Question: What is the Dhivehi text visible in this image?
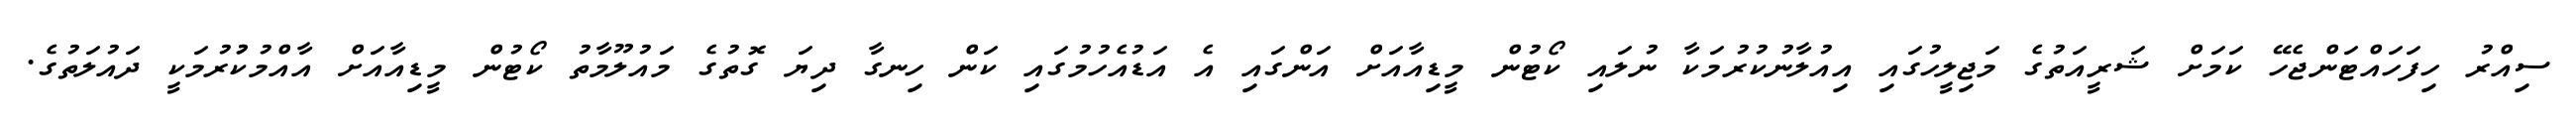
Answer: ސިއްރު ހިފަހައްޓަންޖެހޭ ކަމަށް ޝަރީއަތުގެ މަޖިލީހުގައި އިއުލާނުކުރުމަކާ ނުލައި ކޯޓުން މީޑިއާއަށް އަންގައި އެ އަޑުއެހުމުގައި ކަން ހިނގާ ދިޔަ ގޮތުގެ މައުލޫމާތު ކޯޓުން މީޑިއާއަށް އާއްމުކުުރުމަކީ ދައުލަތުގެ.